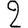
Digit: 2